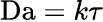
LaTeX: \mathrm{Da}=k\tau